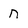
Character: n